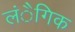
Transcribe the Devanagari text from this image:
लंैगिक